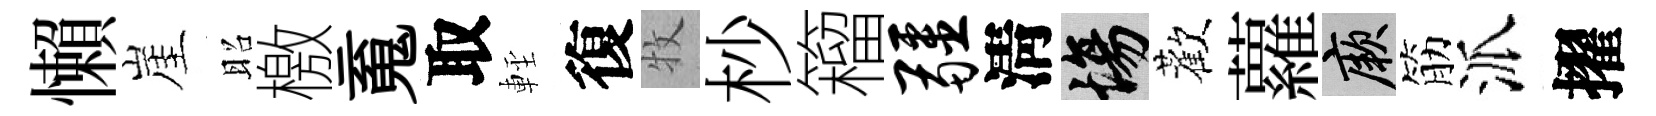
懶崖昭檄䰟取䡖復牧杪籕疆淸場歡蘿厥筋派擢